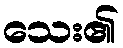
သေး၏